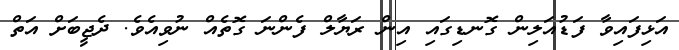
އަޅިފައިވާ ފަޑުއަލިން ގޮނޑިގައި އިން ރަޔާލް ފެންނަ ގޮތެއް ނުވިއެވެ. ދެޖީބަށް އަތް